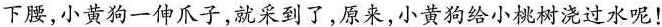
下腰，小黄狗一伸爪子，就采到了，原来，小黄狗给小桃树浇过水呢！